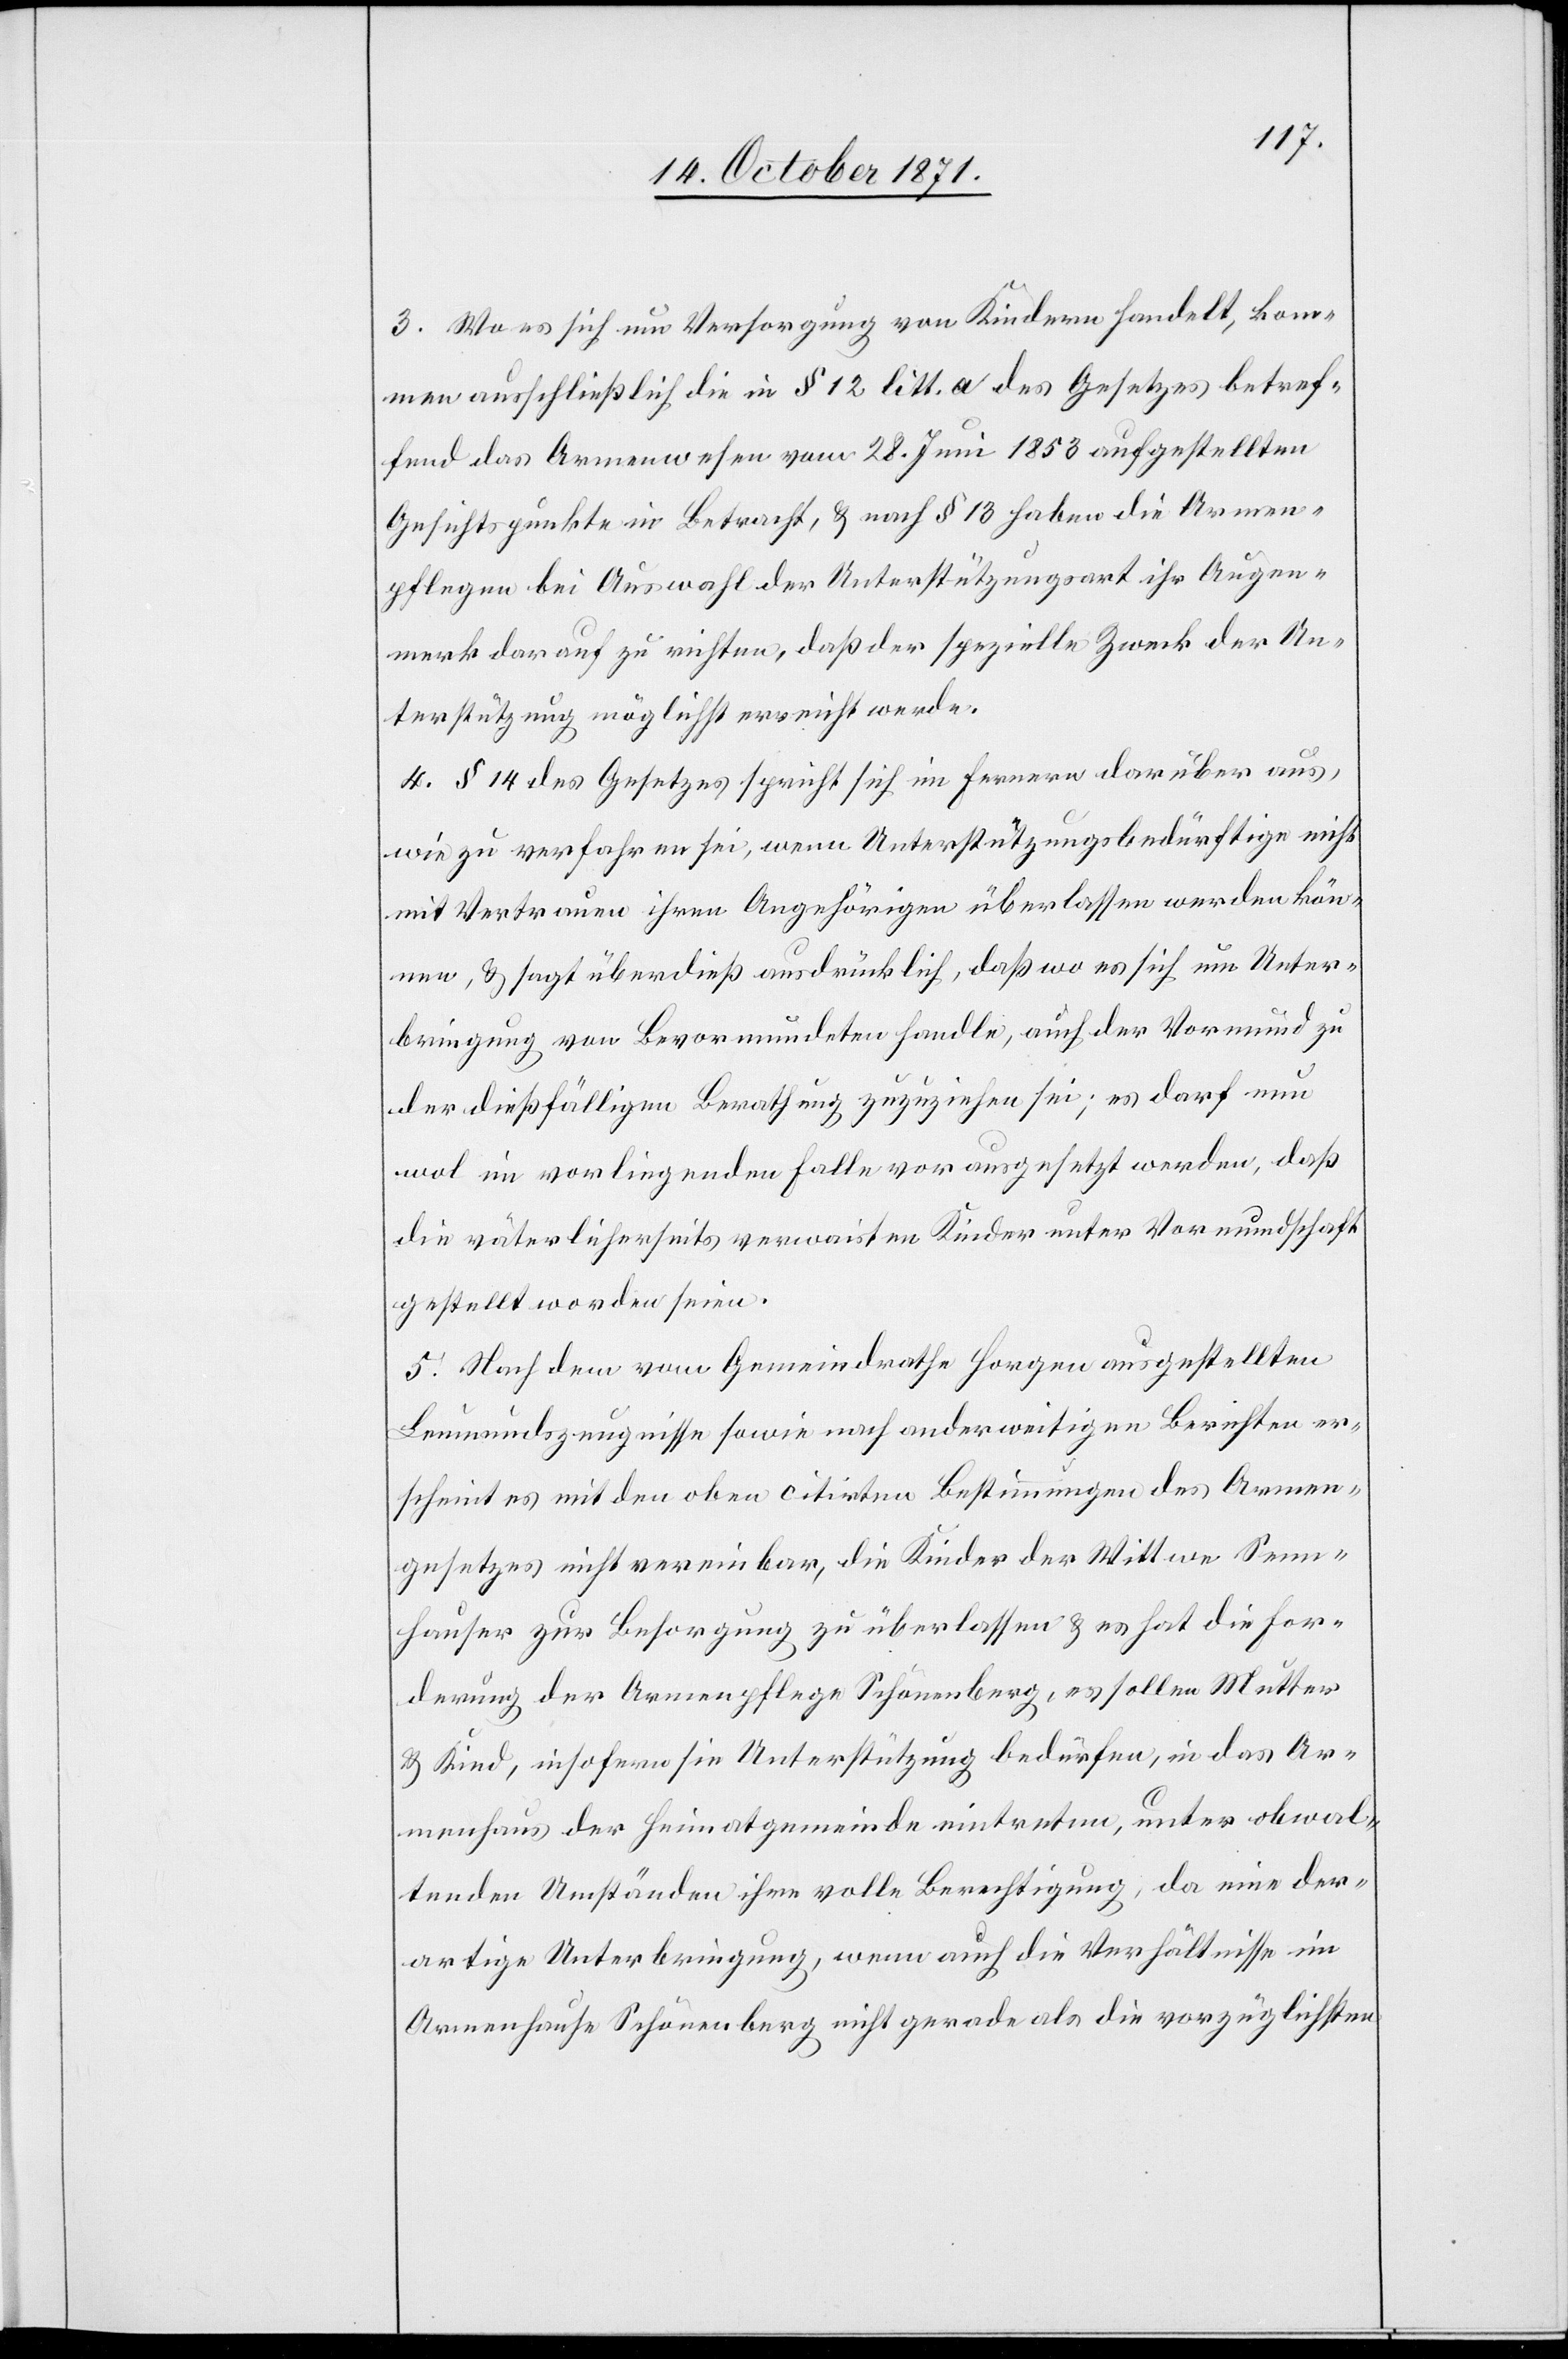
3. Wo es sich um Versorgung von Kindern handelt, kom¬
men ausschließlich die in § 12 litt. a des Gesetzes betref¬
fend das Armenwesen vom 28. Juni 1853 aufgestellten
Gesichtspunkte in Betracht, & nach § 13 haben die Armen¬
pflegen bei Auswahl der Unterstützungsart ihr Augen¬
merk darauf zu richten, daß der spezielle Zweck der Un¬
terstützung möglichst erreicht werde.
4. § 14 des Gesetzes spricht sich im Fernern darüber aus,
wie zu verfahren sei, wenn Unterstützungsbedürftige nicht
mit Vertrauen ihren Angehörigen überlassen werden kön¬
nen, & sagt überdieß ausdrücklich, daß wo es sich um Unter¬
bringung von Bevormundeten handle, auch der Vormund zu
der dießfälligen Berathung zuzuziehen sei; es darf nun
mal im vorliegenden Falle vorausgesetzt werden, daß
die väterlicherseits verwaisten Kinder unter Vormundschaft
gestellt worden seien.
5. Nach dem vom Gemeindrathe Horgen ausgestellten
Leumundszeugnisse sowie nach anderweitigen Berichten er¬
scheint es mit den oben citirten Bestimmungen des Armen¬
gesetzes nicht vereinbar, die Kinder der Wittwe Senn¬
hauser zur Besorgung zu überlassen & es hat die For¬
derung der Armenpflege Schönenberg, es sollen Mutter
& Kind, insofern sie Unterstützung bedürfen, in das Ar¬
menhaus der Heimatgemeinde eintreten, unter obwal¬
tenden Umständen ihre volle Berechtigung, da eine der¬
artige Unterbringung, wenn auch die Verhältnisse im
Armenhause Schönenberg nicht gerade als die vorzüglichsten